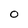
Character: o